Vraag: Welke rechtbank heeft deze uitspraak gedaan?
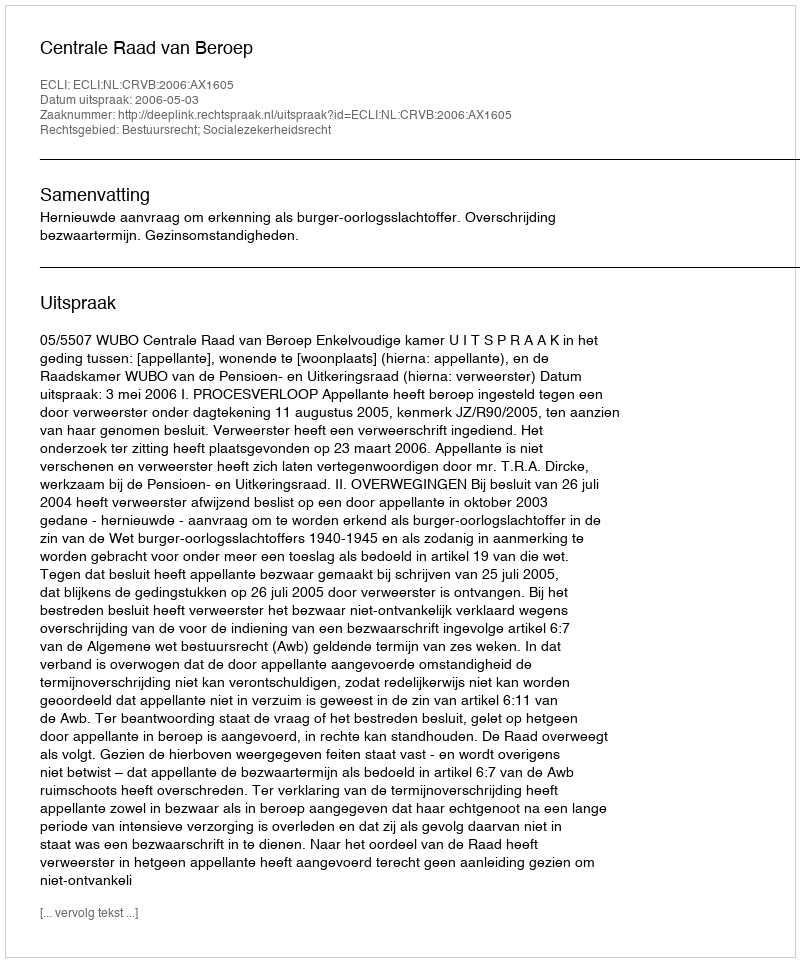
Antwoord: Centrale Raad van Beroep